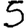
Digit: 5